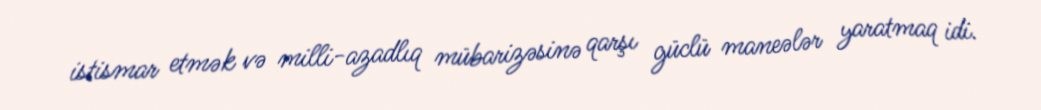
istismar etmək və milli-azadlıq mübarizəsinə qarşı güclü maneələr yaratmaq idi.